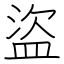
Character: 盜